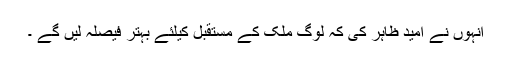
انہوں نے امید ظاہر کی کہ لوگ ملک کے مستقبل کیلئے بہتر فیصلہ لیں گے ۔